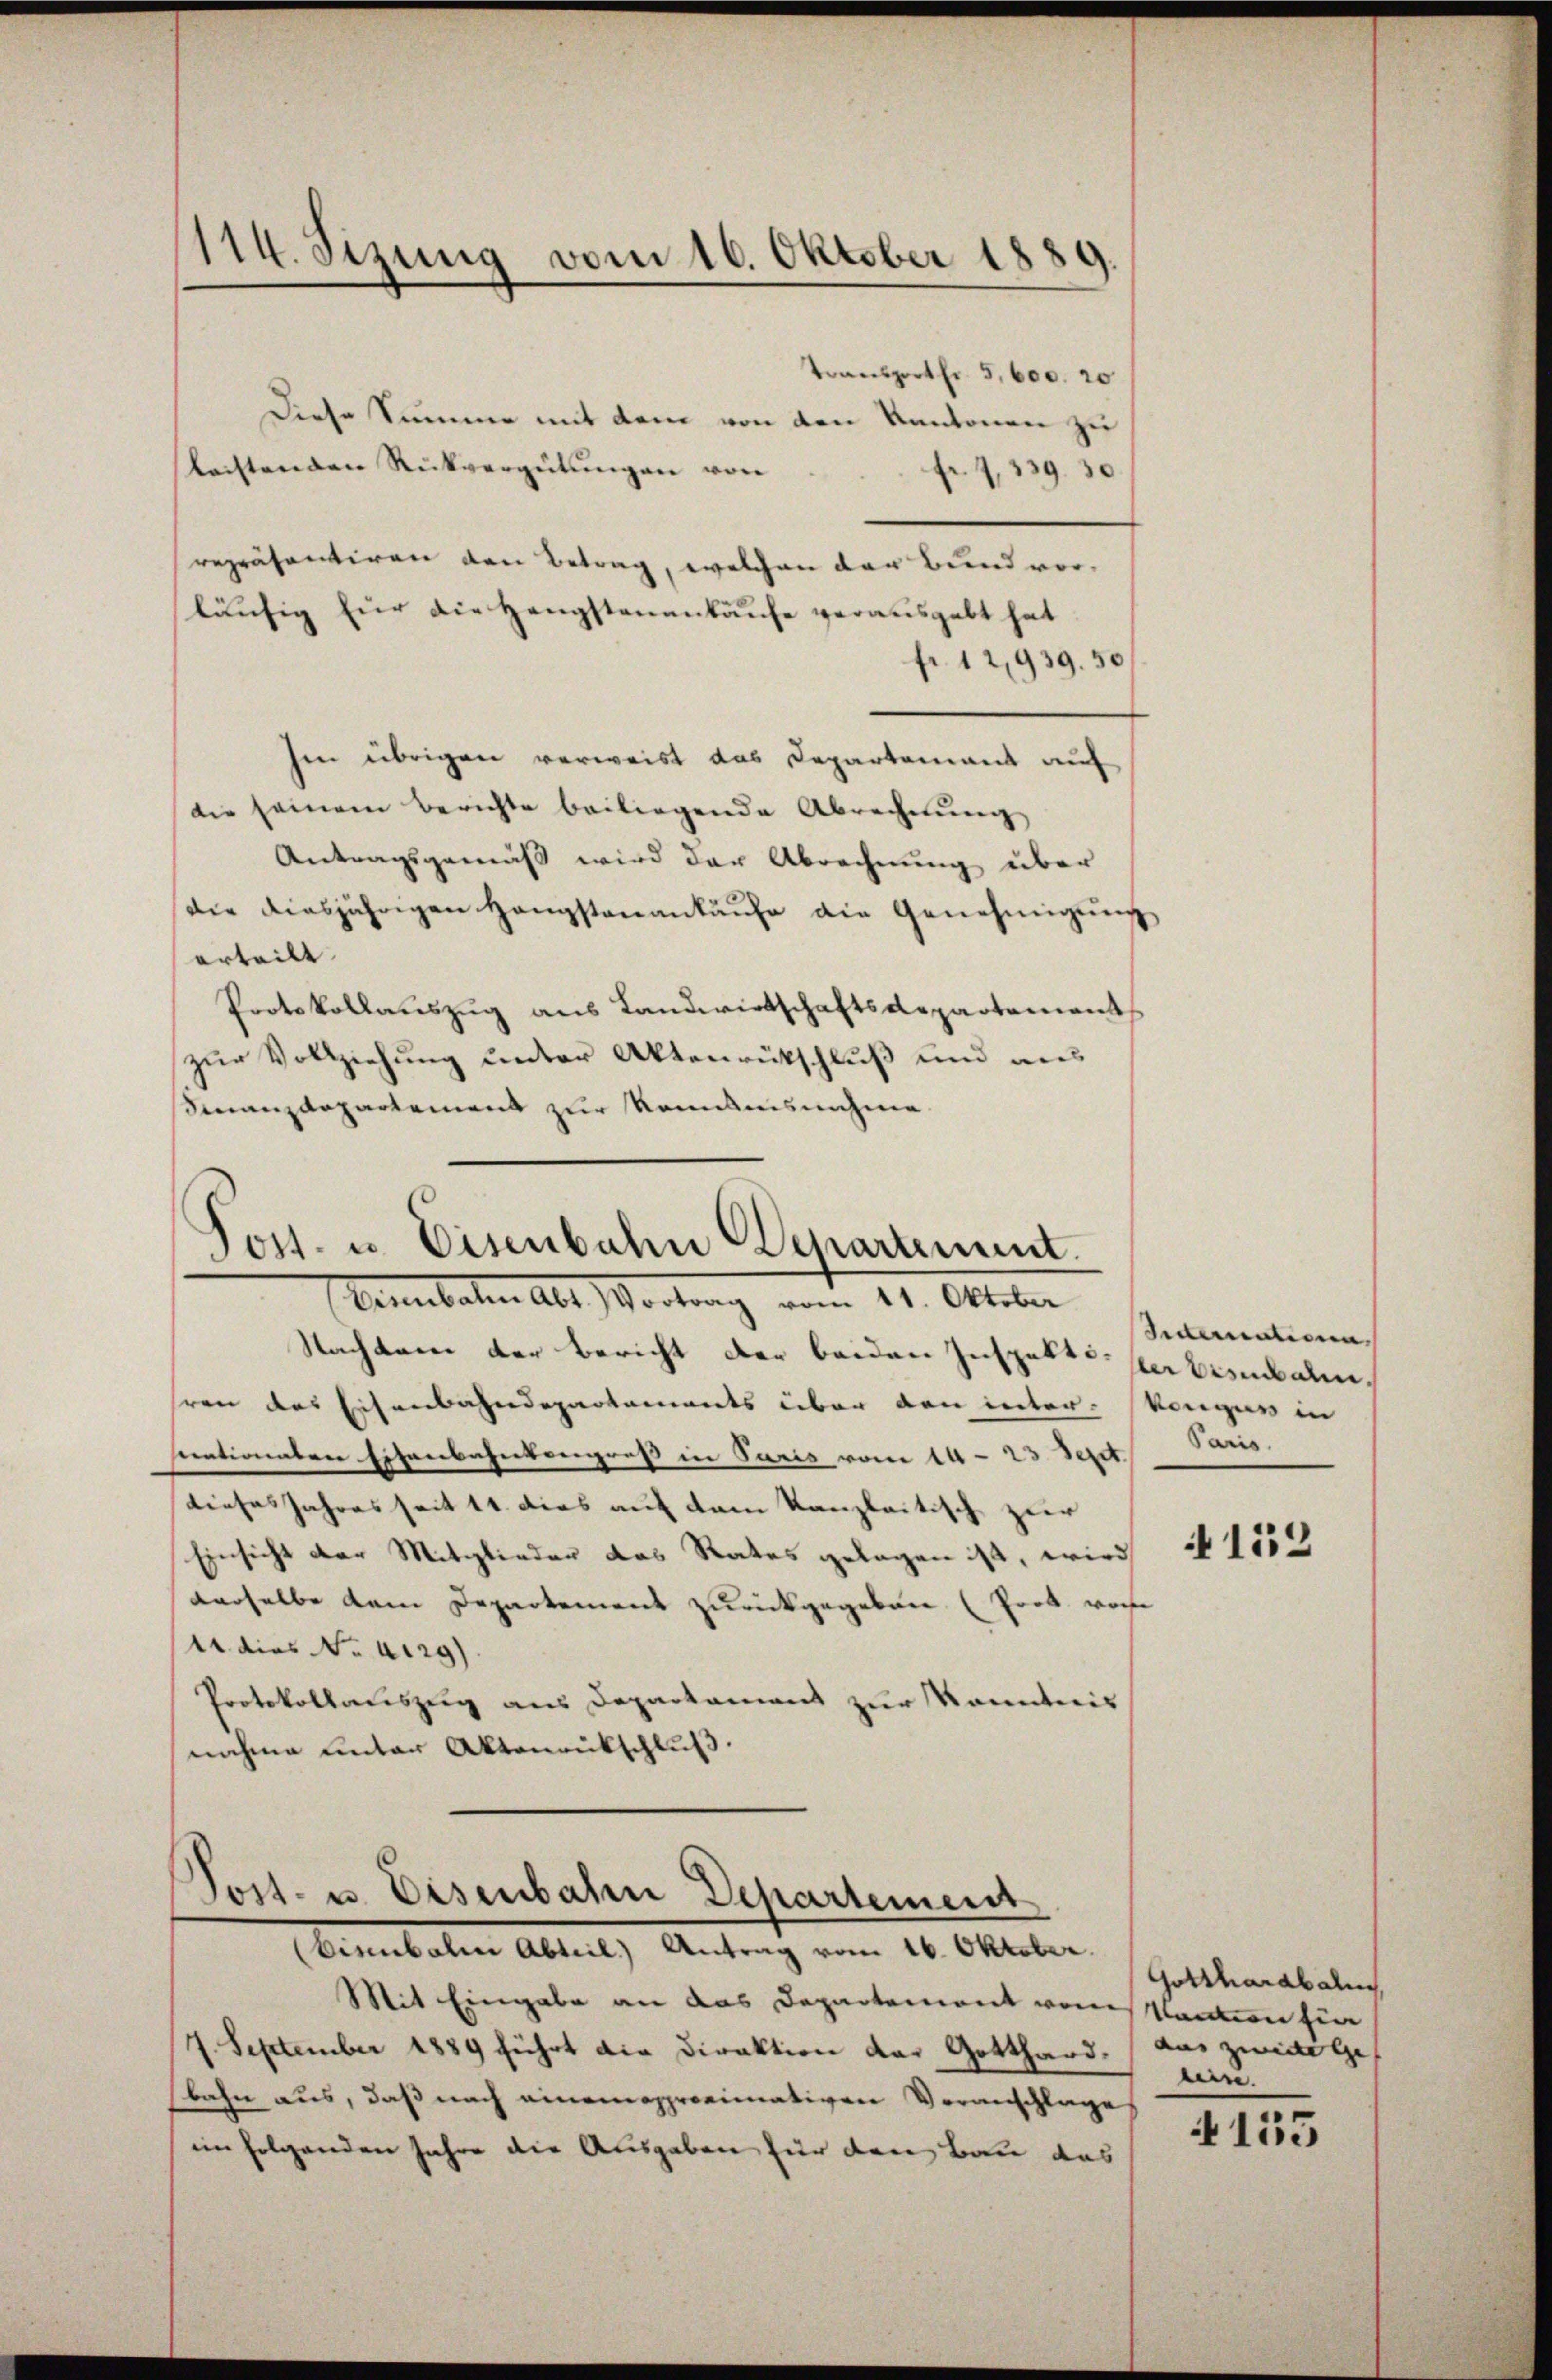
114. Sizung vom 16. Oktober 1889.

Toansport fr. 5,600. 20
Diese Summe mit dem von den Kantonen zu
leistenden Rückvergütungen von
.
Fr. 2, 339
repräsentiren den Betrag, welchen der Bund vorläufig für die Hengstenankäufe verausgabt hat.
fr. 12,939. 50
hen übrigen verweist das Departement auf
die seinem Berichte beiliegende Abrechnung
Antragsgemäß wird der Abrechnung über
die diesjährigen Hangstenankäufe die Genehmigung
erteilt.
Protokollauszug aus Landwirtschaftsdepartement
zur Vollziehung unter Aktenrückschluß und aus
Finanzdepartement zur Romanisnahme

Post- u. Eisenbahn Departement.
Vannibalen Abt. Vortrag vom 11. Oktober

Nachten der Bericht der beiden Inspekt per bisibale.
sren das Eisenbahndepartements über den inter- Konger in
stentionaten Eisenbahnkongress in Paris vom 14-23. Sept.
dieses Jahres seit 11. dies auf dem Kanzleitisch zur
Einsicht der Mitglieder das Rates gelegen ist, wird
derselbe dem Departement zurückgegeben (Prok. von
Aains No 2129).
Protokollauszug aus Departament zur Kenntnis
nahme unter Aktenrückschluß.

Post- u. Eisenbahn Departement
(Birnbale Abteil) Antrag vom 16. Oktober.

Mit Eingabe an das Departement vom Kanton fier
7. September 1889 führt die Direktion der Gotthard, aus zwidige
bahn aus, daß nach einemasproeimativen Voranschlage
im folgenden Jahre die Ausgaben für den Bau das

Sederentieren
Paris.

152

Gotthardbahn
lein.

4155